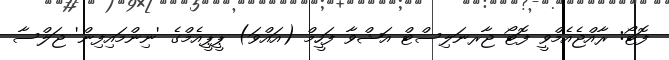
ފޮޓޯ: ރާއްޖެއެމްވީ ފޮޓޯ ޖާރނަލިސްޓް އަޝްވާ ފަހީމް (އައްވަ) ޕީޕީއެމްގެ 'ނިންމައިފިން' ޖަލްސާ